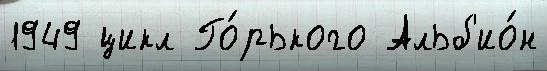
1949 цикл Го́рького Альб'ио́н